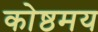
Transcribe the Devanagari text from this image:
कोष्ठमय